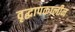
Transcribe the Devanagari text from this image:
वृद्धापकालीन